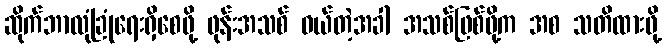
ဆိုက်ဘာလုံခြုံရေးရှိစေဖို့ ဖုန်းအသစ် ဝယ်တဲ့အခါ အသစ်ဖြစ်ဖို့က အစ သတိထားဖို့